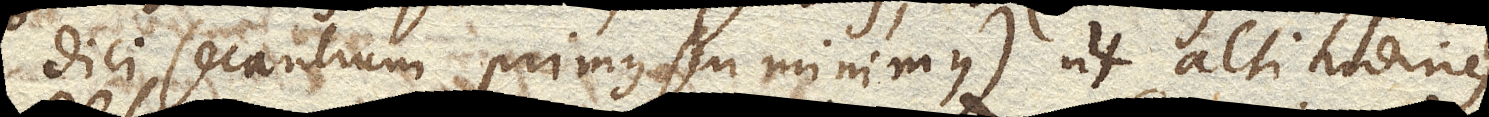
dici secantium primus seu minimus) ut altitudines